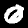
Label: 0